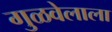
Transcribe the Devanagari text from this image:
गुळवेलाला